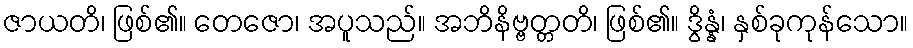
ဇာယတိ၊ ဖြစ်၏။ တေဇော၊ အပူသည်။ အဘိနိဗ္ဗတ္တတိ၊ ဖြစ်၏။ ဒွိန္နံ၊ နှစ်ခုကုန်သော။